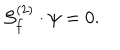
{ \cal S } _ { f } ^ { ( 2 ) } \cdot \psi = 0 .